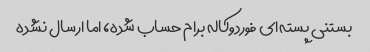
بستنی پسته‌ای فوردوکاله برام حساب شده، اما ارسال نشده